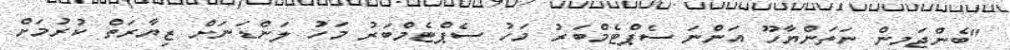
"ބެންޖަމިން ނަތަންޔާހޫ އަންނަ ސެޕްޓެމްބަރު މަހު ސެޕްޓެމްބަރު މަހު ލަންޑަނަށް ޒިޔާރަތް ކުރުމަށް